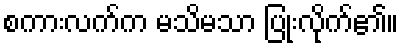
စကားလက်က မသိမသာ ပြုံးလိုက်၏။